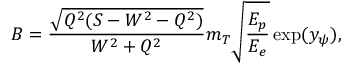
B = \frac { \sqrt { Q ^ { 2 } ( S - W ^ { 2 } - Q ^ { 2 } ) } } { W ^ { 2 } + Q ^ { 2 } } m _ { T } \sqrt \frac { E _ { p } } { E _ { e } } \exp ( y _ { \psi } ) ,